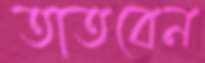
তাতবেন